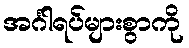
အင်္ဂါရပ်များစွာကို